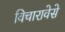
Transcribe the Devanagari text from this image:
विचारावेसे